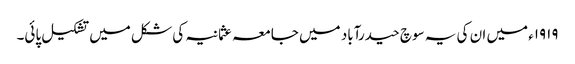
۱۹۱۹ء میں ان کی یہ سوچ حیدرآباد میں جامعہ عثمانیہ کی شکل میں تشکیل پائی۔